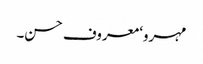
مہرو‘ معروف حسن۔